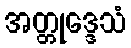
အတ္တုဒ္ဒေသံ